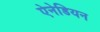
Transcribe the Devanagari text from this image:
ऐनेडियन